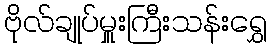
ဗိုလ်ချုပ်မှူးကြီးသန်းရွှေ